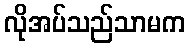
လိုအပ်သည်သာမက